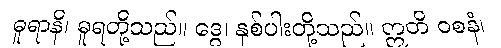
ဓူရာနိ၊ ဓူရတို့သည်။ ဒွေ၊ နှစ်ပါးတို့သည်။ ဣတိ ဝစနံ၊